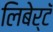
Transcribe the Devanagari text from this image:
लिबेर्टॅ